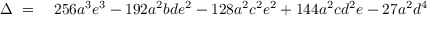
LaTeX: \begin{array} { r l } { \Delta \ = \ } & { { } 2 5 6 a ^ { 3 } e ^ { 3 } - 1 9 2 a ^ { 2 } b d e ^ { 2 } - 1 2 8 a ^ { 2 } c ^ { 2 } e ^ { 2 } + 1 4 4 a ^ { 2 } c d ^ { 2 } e - 2 7 a ^ { 2 } d ^ { 4 } } \end{array}